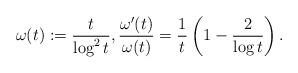
LaTeX: \begin{align*}\omega(t):= \frac{t}{\log^2 t}, \frac{ \omega'(t)}{\omega (t)} = \frac{1}{t}\left(1-\frac{2}{\log t} \right). \end{align*}